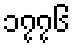
၁၇၇၆